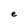
Character: e